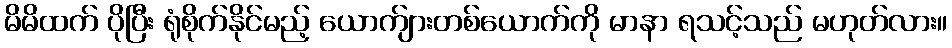
မိမိထက် ပိုပြီး ရုံစိုက်နိုင်မည့် ယောက်ျားတစ်ယောက်ကို မာနာ ရသင့်သည် မဟုတ်လား။